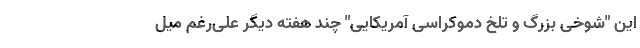
این "شوخی بزرگ و تلخ دموکراسی آمریکایی" چند هفته دیگر علی‌رغم میل